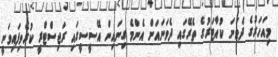
މިއަހަރުގެ ދެވަނަ ކުއާޓަރުގެ ތެރޭގައި ދެވަނައަށް އެންމެ ގިނައިން އޭސީސީގައި ރަޖިސްޓްރީ ކުރެވިފައިވަނީ